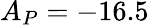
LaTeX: A_{P}=-16.5